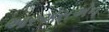
આરએસએન